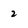
Character: 2